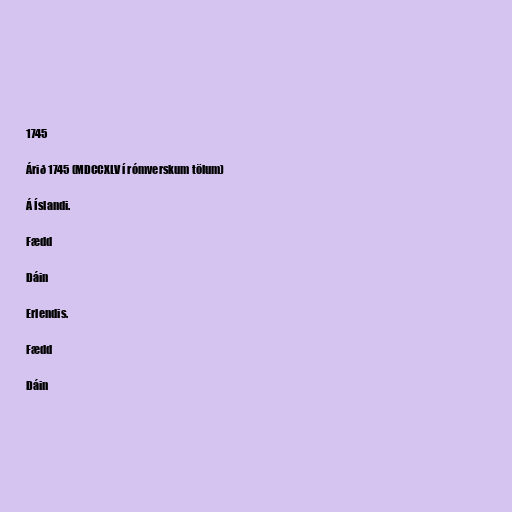
1745

Árið 1745 (MDCCXLV í rómverskum tölum)

Á Íslandi.

Fædd

Dáin

Erlendis.

Fædd

Dáin